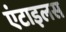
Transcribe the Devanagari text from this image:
एंटाइलस